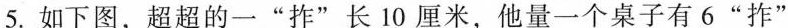
5. 如下图，超超的一”拃”长10厘米，他量一个桌子有6”拃”